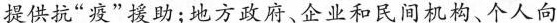
提供抗”疫”援助；地方政府、企业和民间机构、个人向